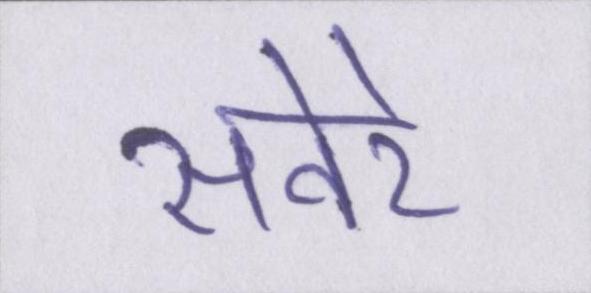
सवेरे